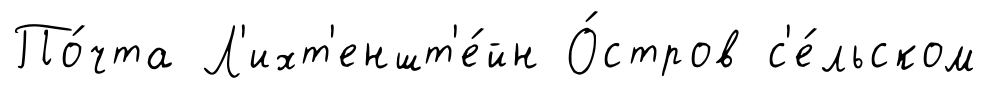
По́чта Л'ихт'еншт'е́йн О́стров с'е́льском